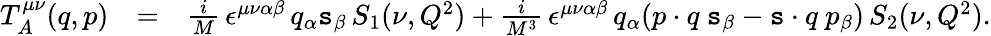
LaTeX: \begin{array}{rlr}{T_{A}^{\mu\nu}(q,p)}&{=}&{\frac{i}{M}\, \epsilon^{\mu\nu\alpha\beta}\, q_{\alpha}\mathtt{s}_{\beta}\, S_{1}(\nu,Q^{2})+\frac{i}{M^{3}}\, \epsilon^{\mu\nu\alpha\beta}\, q_{\alpha}(p\cdot q\ \mathtt{s}_{\beta}-\mathtt{s}\cdot q\ p_{\beta})\, S_{2}(\nu,Q^{2}).}\end{array}